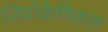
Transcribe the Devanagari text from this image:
जियोकेमिकल